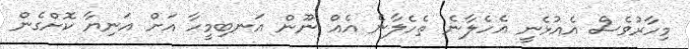
މިހާރުވެސް އެއުޅެނީ އެހެލާނެ ތެހެލާނެ އެއް ނޫން އަނބިމީހާ އަށް އަނިޔާ ކޮށްގެން